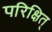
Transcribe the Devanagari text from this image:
परिक्षित्